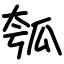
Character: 瓠